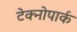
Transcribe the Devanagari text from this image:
टेक्नोपार्क